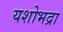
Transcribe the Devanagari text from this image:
यशोभद्रा